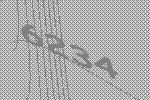
6234